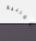
المربية